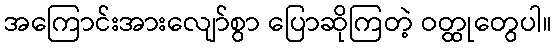
အကြောင်းအားလျော်စွာ ပြောဆိုကြတဲ့ ဝတ္ထုတွေပါ။